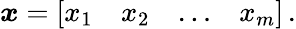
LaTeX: {\boldsymbol{x}}={\left[\begin{array}{llll}{x_{1}}&{x_{2}}&{\dots}&{x_{m}}\end{array}\right]}\, .